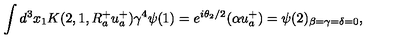
\int d ^ { 3 } x _ { 1 } K ( 2 , 1 , R _ { a } ^ { + } u _ { a } ^ { + } ) \gamma ^ { 4 } \psi ( 1 ) = e ^ { i \theta _ { 2 } / 2 } ( \alpha u _ { a } ^ { + } ) = \psi ( 2 ) _ { \beta = \gamma = \delta = 0 } ,